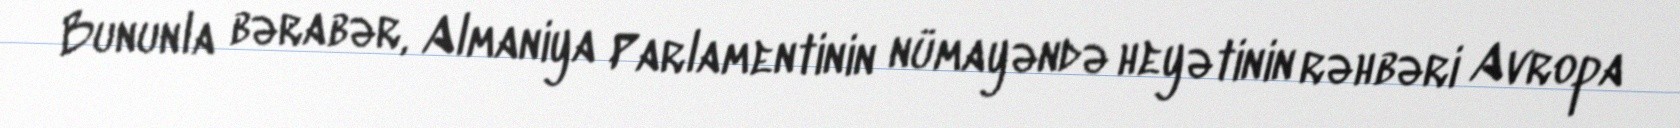
Bununla bərabər, Almaniya Parlamentinin nümayəndə heyətinin rəhbəri Avropa